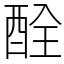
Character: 酫